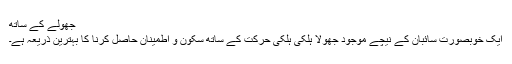
جھولے کے ساتھ
ایک خوبصورت سائبان کے نیچے موجود جھولا ہلکی ہلکی حرکت کے ساتھ سکون و اطمینان حاصل کرنا کا بہترین ذریعہ ہے۔